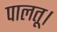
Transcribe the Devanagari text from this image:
पालतू।